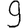
Digit: 9